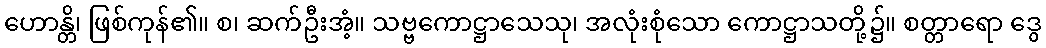
ဟောန္တိ၊ ဖြစ်ကုန်၏။ စ၊ ဆက်ဦးအံ့။ သဗ္ဗကောဋ္ဌာသေသု၊ အလုံးစုံသော ကောဋ္ဌာသတို့၌။ စတ္တာရော ဒွေ